Reports on military cantonments and civil stations in the Presidency of Bombay inspected by the Sanitary Commissioner in the years 1875 and 1876
Year: 1875
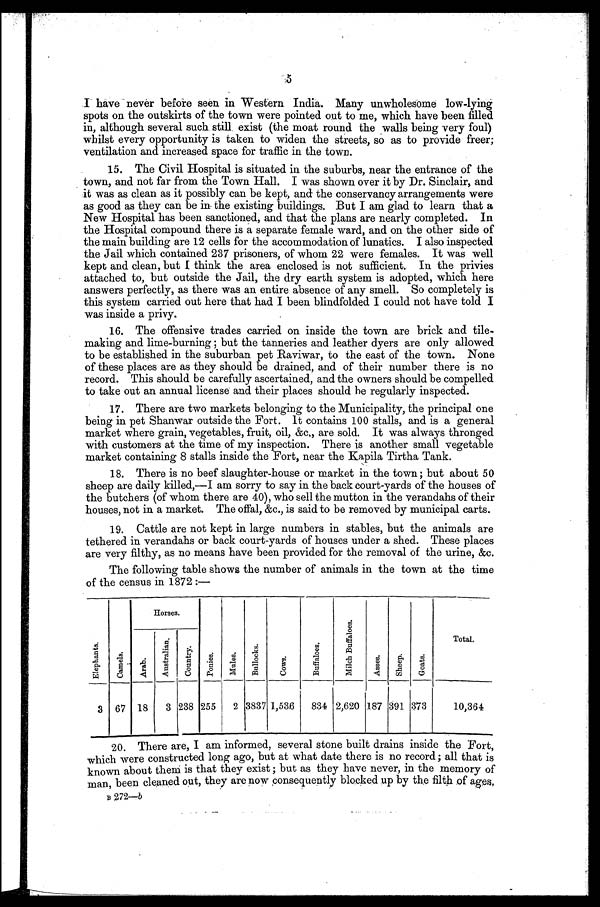
5
I have never before seen in Western India. Many unwholesome low-lying
spots on the outskirts of the town were pointed out to me, which have been filled
in, although several such, still exist (the moat round the walls being very foul)
whilst every opportunity is taken to widen the streets, so as to provide freer;
ventilation and increased space for traffic in the town.
15. The Civil Hospital is situated in the suburbs, near the entrance of the
town, and not far from the Town Hall. I was shown over it by Dr. Sinclair, and
it was as clean as it possibly can be kept, and the conservancy arrangements were
as good as they can be in the existing buildings. But I am glad to learn that a
New Hospital has been sanctioned, and that the plans are nearly completed. In
the Hospital compound there is a separate female ward, and on the other side of
the main building are 12 cells for the accommodation of lunatics. I also inspected
the Jail which contained 237 prisoners, of whom 22 were females. It was well
kept and clean, but I think the area enclosed is not sufficient. In the privies
attached to, but outside the Jail, the dry earth system is adopted, which here
answers perfectly, as there was an entire absence of any smell. So completely is
this system carried out here that had I been blindfolded I could not have told I
was inside a privy.
16. The offensive trades carried on inside the town are brick and tile
- m a k i n g a n d l i m e - b u r n i n g ; b u t t h e t a n n e r i e s a n d l e a t h e r d y e r s a r e o n l y a l l o w e d
to be established in the suburban pet Raviwar, to the east of the town. None
of these places are as they should be drained, and of their number there is no
record. This should be carefully ascertained, and the owners should be compelled
to take out an annual license and their places should be regularly inspected.
17. There are two markets belonging to the Municipality, the principal one
being in pet Shanwar outside the Fort. It contains 100 stalls, and is a general
market where grain, vegetables, fruit, oil, &c., are sold. It was always thronged
with customers at the time of my inspection. There is another small vegetable
market containing 8 stalls inside the Fort, near the Kapila Tirtha Tank.
18. There is no beef slaughter-house or market in the town; but about 50
sheep are daily killed,—I am sorry to say in the back court-yards of the houses of
the butchers (of whom there are 40), who sell the mutton in the verandahs of their
houses, not in a market. The offal, &c., is said to be removed by municipal carts.
19. Cattle are not kept in large numbers in stables, but the animals are
tethered in verandahs or back court-yards of houses under a shed. These places
are very filthy, as no means have been provided for the removal of the urine, &c.
The following table shows the number of animals in the town at the time
of the census in 1872:—
E l e p h a n t s .
C a m l e s .
Horses.
P o n i e s .
M u l e s .
Bullocks.
Cows.
B u f f a l o e s .
M i l c h B u f f a l o e s .
A s s e s.
S h e e p .
G o a t s .
T o t a l .
A u s t r a l i a n .
C o u n t r y .
A r a b .
3 67 18
3 238 255
2 3837 1,536
834 2,620 187 391 373
10,364
20. There are, I am informed, several stone built drains inside the Fort,
which were constructed long ago, but at what date there is no record; all that is
known about them is that they exist; but as they have never, in the memory of
man, been cleaned out, they are now consequently blocked up by the filth of ages,
B 2 7 2 —
b